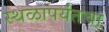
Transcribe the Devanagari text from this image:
स्थळापर्यंतचा